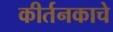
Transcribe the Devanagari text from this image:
कीर्तनकाचे